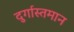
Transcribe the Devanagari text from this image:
दुर्गास्तमान